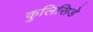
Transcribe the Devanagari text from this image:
कुलिसिडे